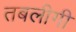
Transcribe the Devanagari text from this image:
तबलीगी